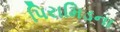
પિરામિડના